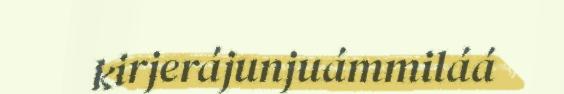
kirjerájunjuámmiláá